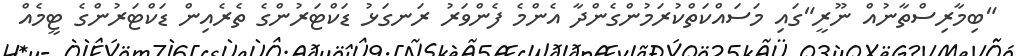
"ބިމާރިސްތާނުއް ނޫރީ"ގައި މަސައްކަތްކުރަމުންގެންދާ އެންމެ ފެންވަރު ރަނގަޅު ޑަކްޓަރުންގެ ތެރެއިން ޑަކްޓަރުންގެ ޓީމެއް